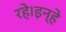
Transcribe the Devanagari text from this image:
रहे।इन्हे